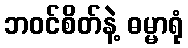
ဘဝင်စိတ်နဲ့ ဓမ္မာရုံ